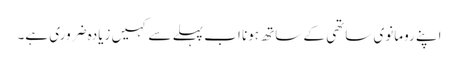
اپنے رومانوی ساتھی کے ساتھ ہونا اب پہلے سے کہیں زیادہ ضروری ہے۔